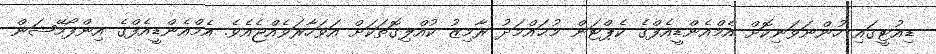
ޑިއުޓީގައި ހުންނަވަނިކޮށް އެމްއެންޑީއެފްގެ ކެޕްޓަން މުޙައްމަދު ރާމިޒު ކުއްލިގޮތަކަށް އަވަހާރަވެއްޖެއެވެ. އެމްއެންޑީއެފްގެ އިންފޯމޭޝަން